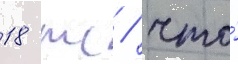
18 тс / что́